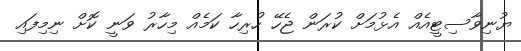
ޔުނިވާސިޓީއެއް އެޅުމަށް ކުރަން ޖެހޭ ހުރިހާ ކަމެއް މިހާރު ވަނީ ކޮށް ނިމިފައި